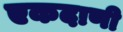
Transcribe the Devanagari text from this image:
एकदाणी